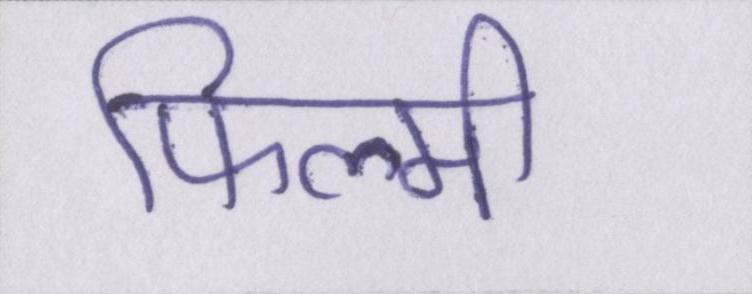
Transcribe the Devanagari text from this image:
फिल्मी